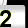
Digit: 2